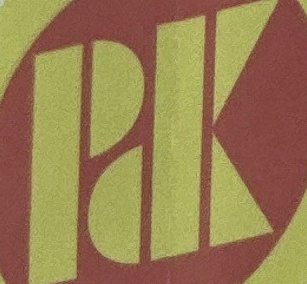
PDK